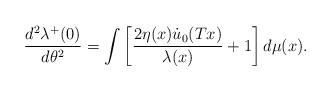
LaTeX: \begin{align*}\frac{d\sp2\lambda\sp+(0)}{d\theta\sp2}=\int\left[\frac{2\eta(x)\dot u_0(Tx)}{\lambda(x)}+1\right]d\mu(x).\end{align*}